Document type: Emphyteutic lease
Year: 1333
Scribe: Berenguer Simó
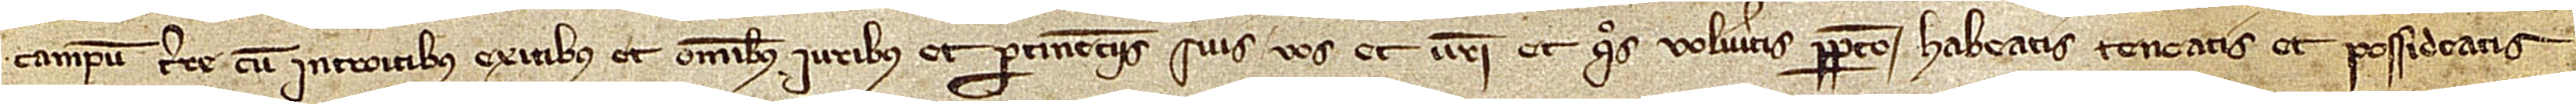
campum terre, cum introitibus, exitibus et omnibus iuribus et pertinenciis suis vos et vestri et quos volueritis perpetuo habeatis, teneatis et possideatis